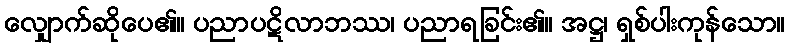
လျှောက်ဆိုပေ၏။ ပညာပဋိလာဘဿ၊ ပညာရခြင်း၏။ အဋ္ဌ၊ ရှစ်ပါးကုန်သော။